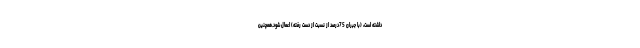
داشته است، (با جبران 75درصد از نسبت از دست رفته) اعمال شود.همچنین